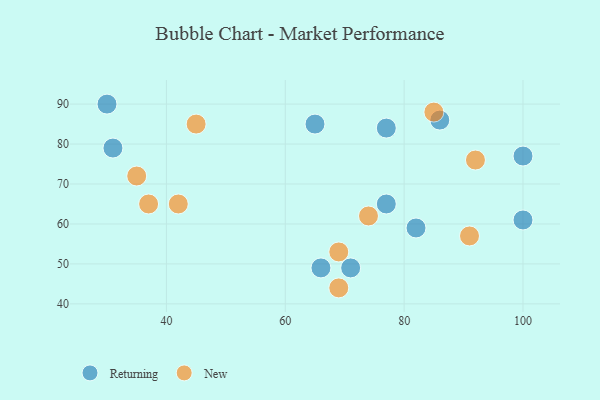
{"axis": {"x": "GDP", "y": "Life Expectancy"}, "legend": ["New", "Returning"], "data": [{"x": "86", "y": 86, "type": "Returning"}, {"x": "77", "y": 65, "type": "Returning"}, {"x": "100", "y": 77, "type": "Returning"}, {"x": "31", "y": 79, "type": "Returning"}, {"x": "82", "y": 59, "type": "Returning"}, {"x": "30", "y": 90, "type": "Returning"}, {"x": "66", "y": 49, "type": "Returning"}, {"x": "77", "y": 84, "type": "Returning"}, {"x": "71", "y": 49, "type": "Returning"}, {"x": "65", "y": 85, "type": "Returning"}, {"x": "100", "y": 61, "type": "Returning"}, {"x": "69", "y": 44, "type": "New"}, {"x": "92", "y": 76, "type": "New"}, {"x": "85", "y": 88, "type": "New"}, {"x": "35", "y": 72, "type": "New"}, {"x": "91", "y": 57, "type": "New"}, {"x": "45", "y": 85, "type": "New"}, {"x": "42", "y": 65, "type": "New"}, {"x": "69", "y": 53, "type": "New"}, {"x": "37", "y": 65, "type": "New"}, {"x": "74", "y": 62, "type": "New"}]}